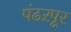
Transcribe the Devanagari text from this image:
पंढऱपूर